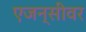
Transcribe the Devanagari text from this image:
एजन्सीवर